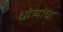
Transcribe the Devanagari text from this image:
धोत्र्यांचा